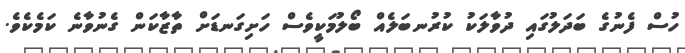
ހުސް ފެނުގެ ބަދަލުގައި ދުވާލަކު ކުރުނބަލެއް ބޯލުމަކީވެސް ހަށިގަނޑަށް ތާޒާކަން ގެނުވާނެ ކަމެކެވެ.